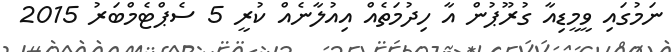
ނަމުގައި ވީމީޑިއާ ގުރޫޕުން އާ ހިދުމަތެއް އިއުލާނެއް ކުރީ 5 ސެޕްޓެމްބަރު 2015